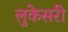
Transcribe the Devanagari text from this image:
लुकेसरी